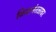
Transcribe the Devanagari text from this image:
विमानंतळावर